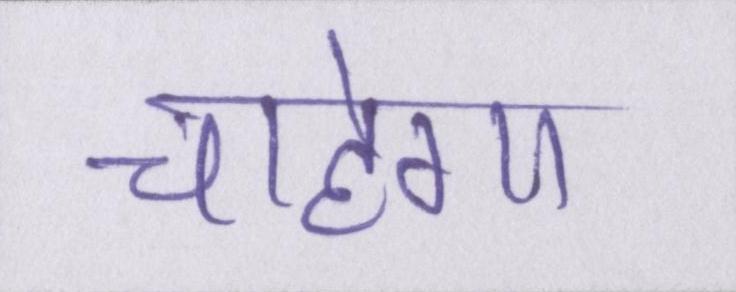
चाहेगा